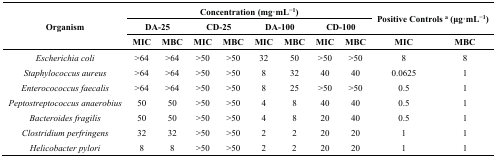
<table><thead><tr><td rowspan="3"><b>Organism</b></td><td colspan="8"><b>Concentration (mg·mL<sup>−1</sup>)</b></td><td rowspan="2" colspan="2"><b>Positive Controls <sup>a</sup> (μg·mL<sup>−1</sup>)</b></td></tr><tr><td colspan="2"><b>DA-25</b></td><td colspan="2"><b>CD-25</b></td><td colspan="2"><b>DA-100</b></td><td colspan="2"><b>CD-100</b></td></tr><tr><td><b>MIC</b></td><td><b>MBC</b></td><td><b>MIC</b></td><td><b>MBC</b></td><td><b>MIC</b></td><td><b>MBC</b></td><td><b>MIC</b></td><td><b>MBC</b></td><td><b>MIC</b></td><td><b>MBC</b></td></tr></thead><tbody><tr><td><i>Escherichia coli</i></td><td>&gt;64</td><td>&gt;64</td><td>&gt;50</td><td>&gt;50</td><td>32</td><td>50</td><td>&gt;50</td><td>&gt;50</td><td>8</td><td>8</td></tr><tr><td><i>Staphylococcus aureus</i></td><td>&gt;64</td><td>&gt;64</td><td>&gt;50</td><td>&gt;50</td><td>8</td><td>32</td><td>40</td><td>40</td><td>0.0625</td><td>1</td></tr><tr><td><i>Enterocococcus faecalis</i></td><td>&gt;64</td><td>&gt;64</td><td>&gt;50</td><td>&gt;50</td><td>8</td><td>25</td><td>&gt;50</td><td>&gt;50</td><td>0.5</td><td>1</td></tr><tr><td><i>Peptostreptococcus anaerobius</i></td><td>50</td><td>50</td><td>&gt;50</td><td>&gt;50</td><td>4</td><td>8</td><td>40</td><td>40</td><td>0.5</td><td>1</td></tr><tr><td><i>Bacteroides fragilis</i></td><td>50</td><td>50</td><td>&gt;50</td><td>&gt;50</td><td>4</td><td>8</td><td>20</td><td>40</td><td>0.5</td><td>1</td></tr><tr><td><i>Clostridium perfringens</i></td><td>32</td><td>32</td><td>&gt;50</td><td>&gt;50</td><td>2</td><td>2</td><td>20</td><td>20</td><td>1</td><td>1</td></tr><tr><td><i>Helicobacter pylori</i></td><td>8</td><td>8</td><td>&gt;50</td><td>&gt;50</td><td>2</td><td>2</td><td>20</td><td>20</td><td>1</td><td>1</td></tr></tbody></table>